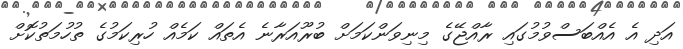
އަދި އެ އެއްބަސްވުމުގައި ރާއްޖޭގެ މިނިވަންކަމަށް ބުރޫއަރާނެ އެތައް ކަމެއް ހުރިކަމުގެ ތުހުމަތުކޮށް